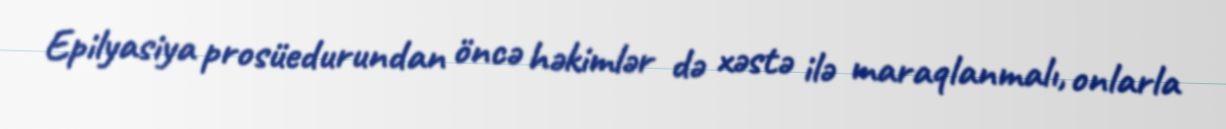
Epilyasiya prosüedurundan öncə həkimlər də xəstə ilə maraqlanmalı, onlarla